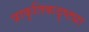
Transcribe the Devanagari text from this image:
प्राकृतिकदृष्ट्या